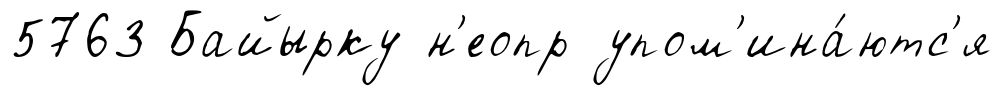
5763 Байырку н'еопр упом'ина́ютс'я